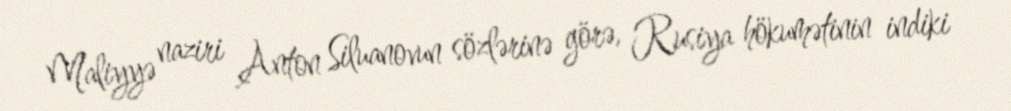
Maliyyə naziri Anton Siluanovun sözlərinə görə, Rusiya hökumətinin indiki